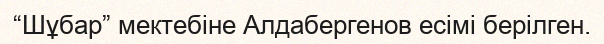
“Шұбар” мектебіне Алдабергенов есімі берілген.